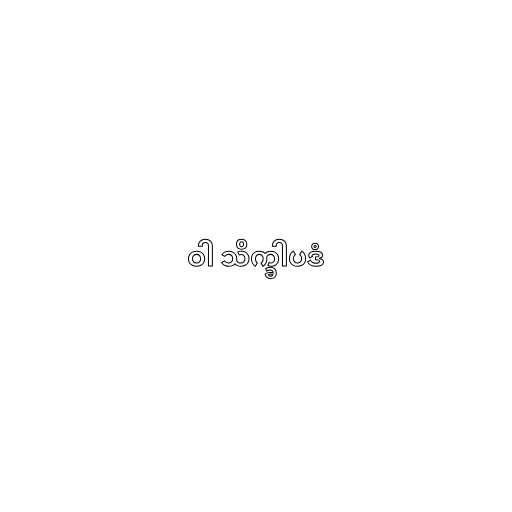
ဝါ သိက္ခါပဒံ